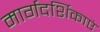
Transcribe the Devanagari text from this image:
मार्गदर्शिकाएं